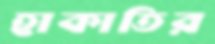
হাকাতির